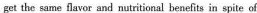
get the same flavor and netritional benefits in spite of